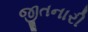
જીતનારી